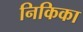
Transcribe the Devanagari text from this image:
निकिका